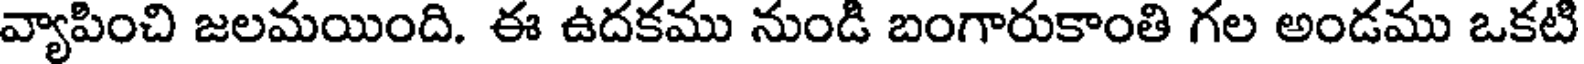
వ్యాపించి జలమయింది. ఈ ఉదకము నుండి బంగారుకాంతి గల అండము ఒకటి